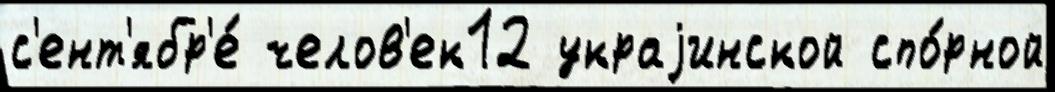
с'ент'ябр'е́ челов'ек12 украjинской спо́рной